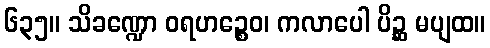
၆၃၅။ သိခဏ္ဍော ဝရဟဉ္စေဝ၊ ကလာပေါ ပိဉ္ဆ မပျထ။